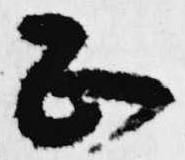
正